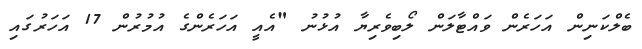
ބެލްކަނިން އަހަރެން ވައްޓާލަން ލޯބިވެރިޔާ އުޅުނު "އެއީ އަހަރެންގެ އުމުރުން 17 އަހަރުގައި